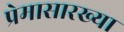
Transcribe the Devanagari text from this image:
प्रेमासारख्या